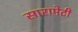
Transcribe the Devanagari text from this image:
सारामेटी